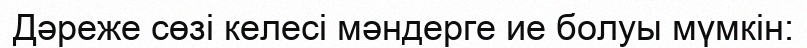
Дәреже сөзі келесі мәндерге ие болуы мүмкін: